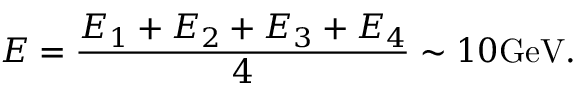
E = \frac { E _ { 1 } + E _ { 2 } + E _ { 3 } + E _ { 4 } } { 4 } \sim 1 0 \mathrm { G e V } .